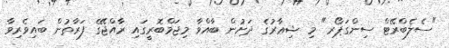
"ސެލެބްރޭޓް ސިންގަޕޯރ" މި ޝިޢާރުގެ ދަށުން ބާއްވާ މިޖަމްބޮރީގައި ރާއްޖޭގެ ފަރާތުން ބައިވެރިވާ